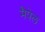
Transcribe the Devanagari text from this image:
मैपेल